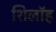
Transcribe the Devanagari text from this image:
शिलॉह